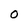
Character: 0